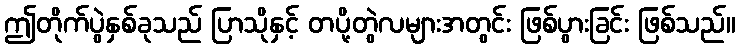
ဤတိုက်ပွဲနှစ်ခုသည် ပြာသိုနှင့် တပို့တွဲလများအတွင်း ဖြစ်ပွားခြင်း ဖြစ်သည်။